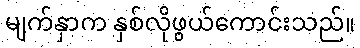
မျက်နှာက နှစ်လိုဖွယ်ကောင်းသည်။